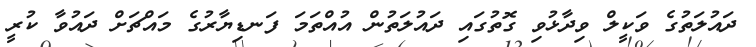
ދައުލަތުގެ ވަކީލް ވިދާޅުވި ގޮތުގައި ދައުލަތުން އުއްތަމަ ފަނޑިޔާރުގެ މައްޗަށް ދައުވާ ކުރީ